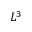
L ^ { 3 }